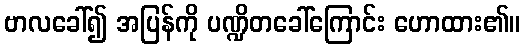
ဗာလခေါ်၍ အပြန်ကို ပဏ္ဍိတခေါ်ကြောင်း ဟောထား၏။